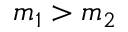
m _ { 1 } > m _ { 2 }